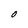
Character: O